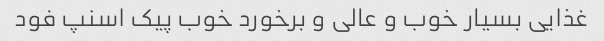
غذایی بسیار خوب و عالی و برخورد خوب پیک اسنپ فود